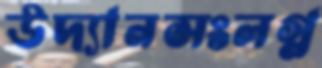
উদ্যানসংলগ্ন